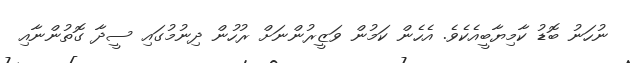
ނުހަނު ބޮޑު ކާމިޔާބީއެކެވެ. އެހެން ކަމުން ވަޒީރުންނަށް ރުހުން ދިނުމުގައި ސީދާ ގޮތުންނާއި